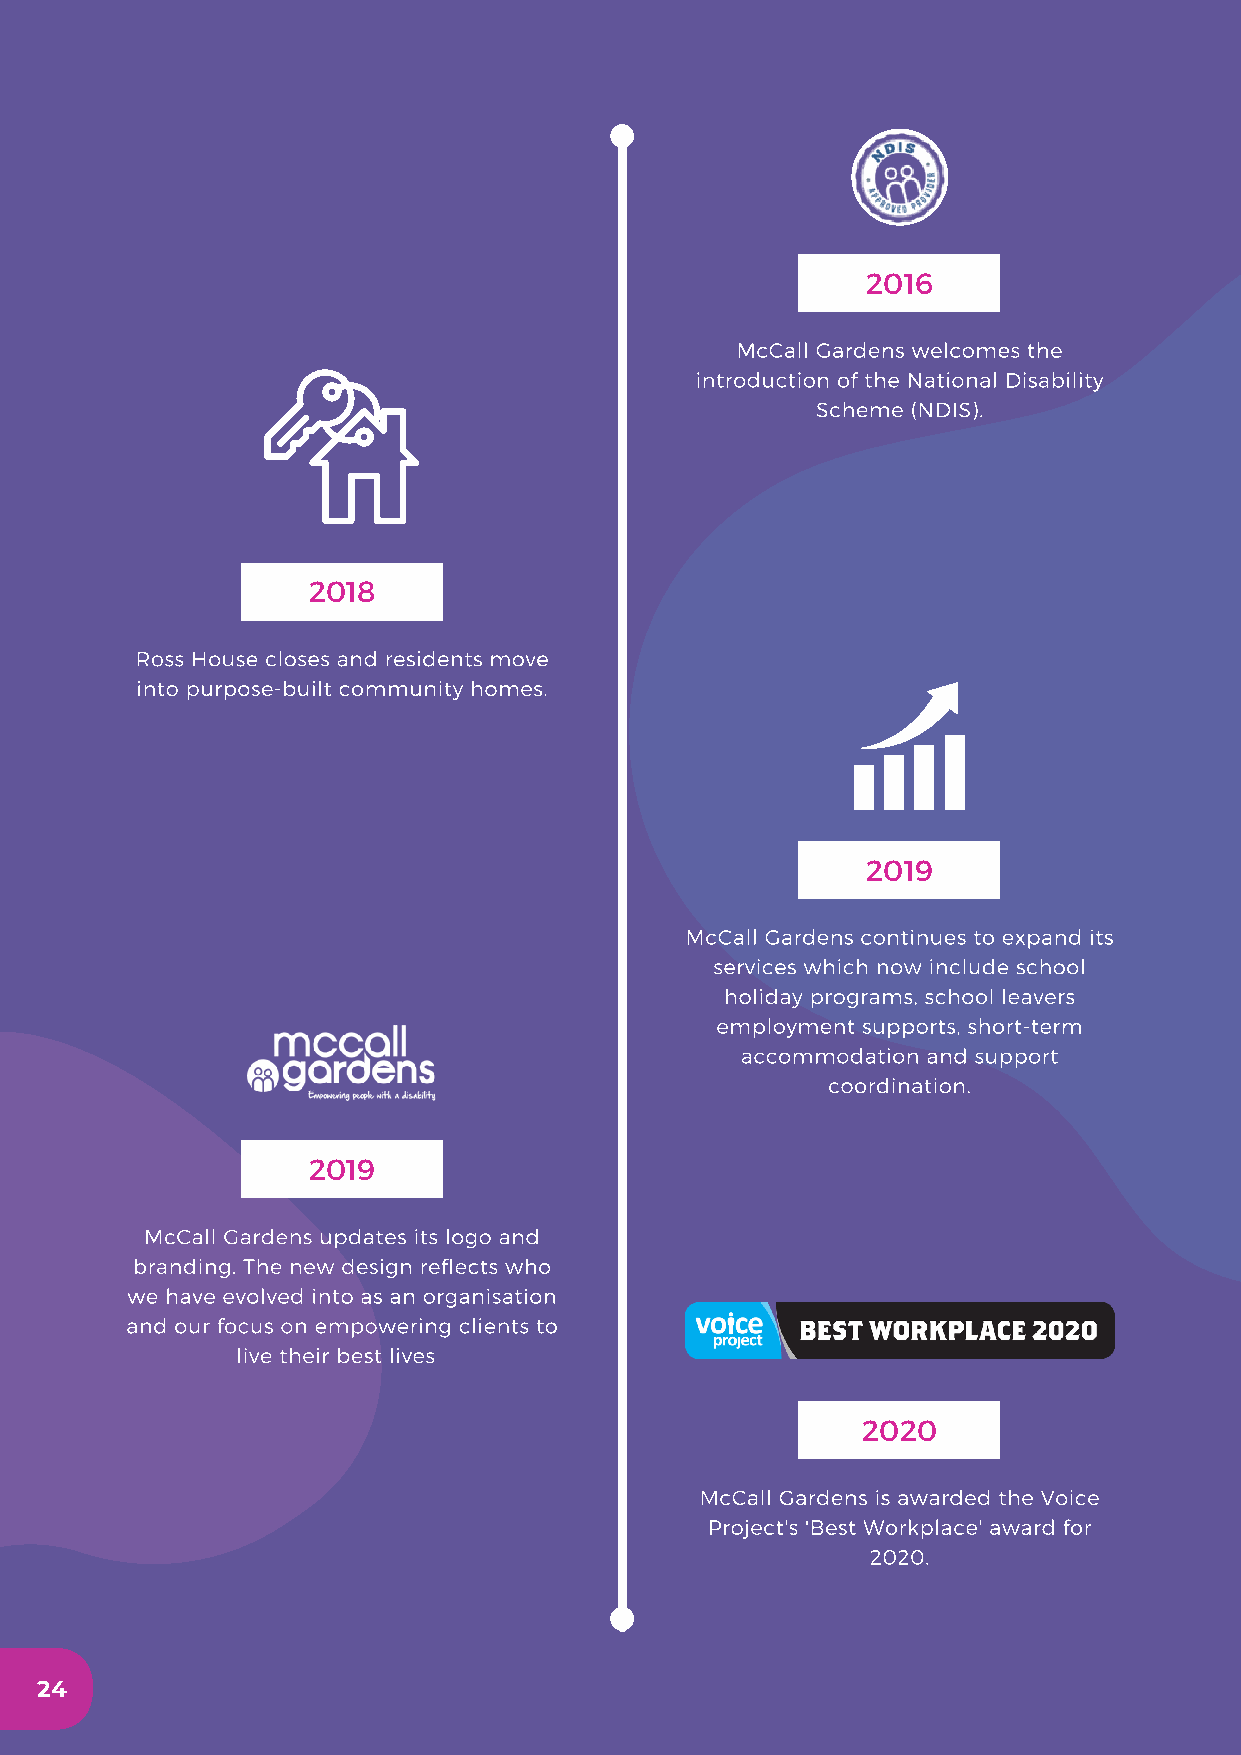
2016
 McCall Gardens welcomes the
 introduction of the National Disability
 Scheme (NDIS).
 2018
 Ross House closes and residents move
 into purpose-built community homes.
 2019
 McCall Gardens continues to expand its
 services which now include school
 holiday programs, school leavers
 employment supports, short-term
 accommodation and support
 coordination.
 2019
 McCall Gardens updates its logo and
 branding. The new design reflects who
 we have evolved into as an organisation
 and our focus on empowering clients to
 live their best lives
 2020
 McCall Gardens is awarded the Voice
 Project's 'Best Workplace' award for
 2020.
 24